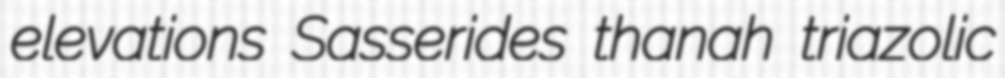
elevations Sasserides thanah triazolic